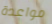
مواعدة